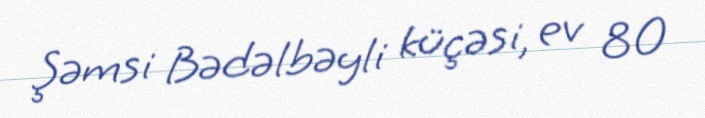
Şəmsi Bədəlbəyli küçəsi, ev 80